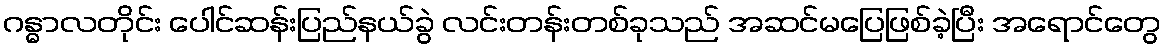
ဂန္ဓာလတိုင်း ပေါင်ဆန်းပြည်နယ်ခွဲ လင်းတန်းတစ်ခုသည် အဆင်မပြေဖြစ်ခဲ့ပြီး အရောင်တွေ